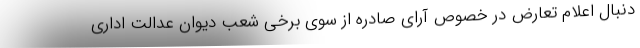
دنبال اعلام تعارض در خصوص آرای صادره از سوی برخی شعب دیوان عدالت اداری